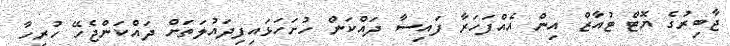
ޖާބިރުގެ ޔޮޓް ޓުއާޒް އިން އެއްފަހަރާ ފައިސާ ދައްކަން ހުށަހަޅައިފިދައުލަތަށް ދައްކަންޖެހޭ ހުރިހާ